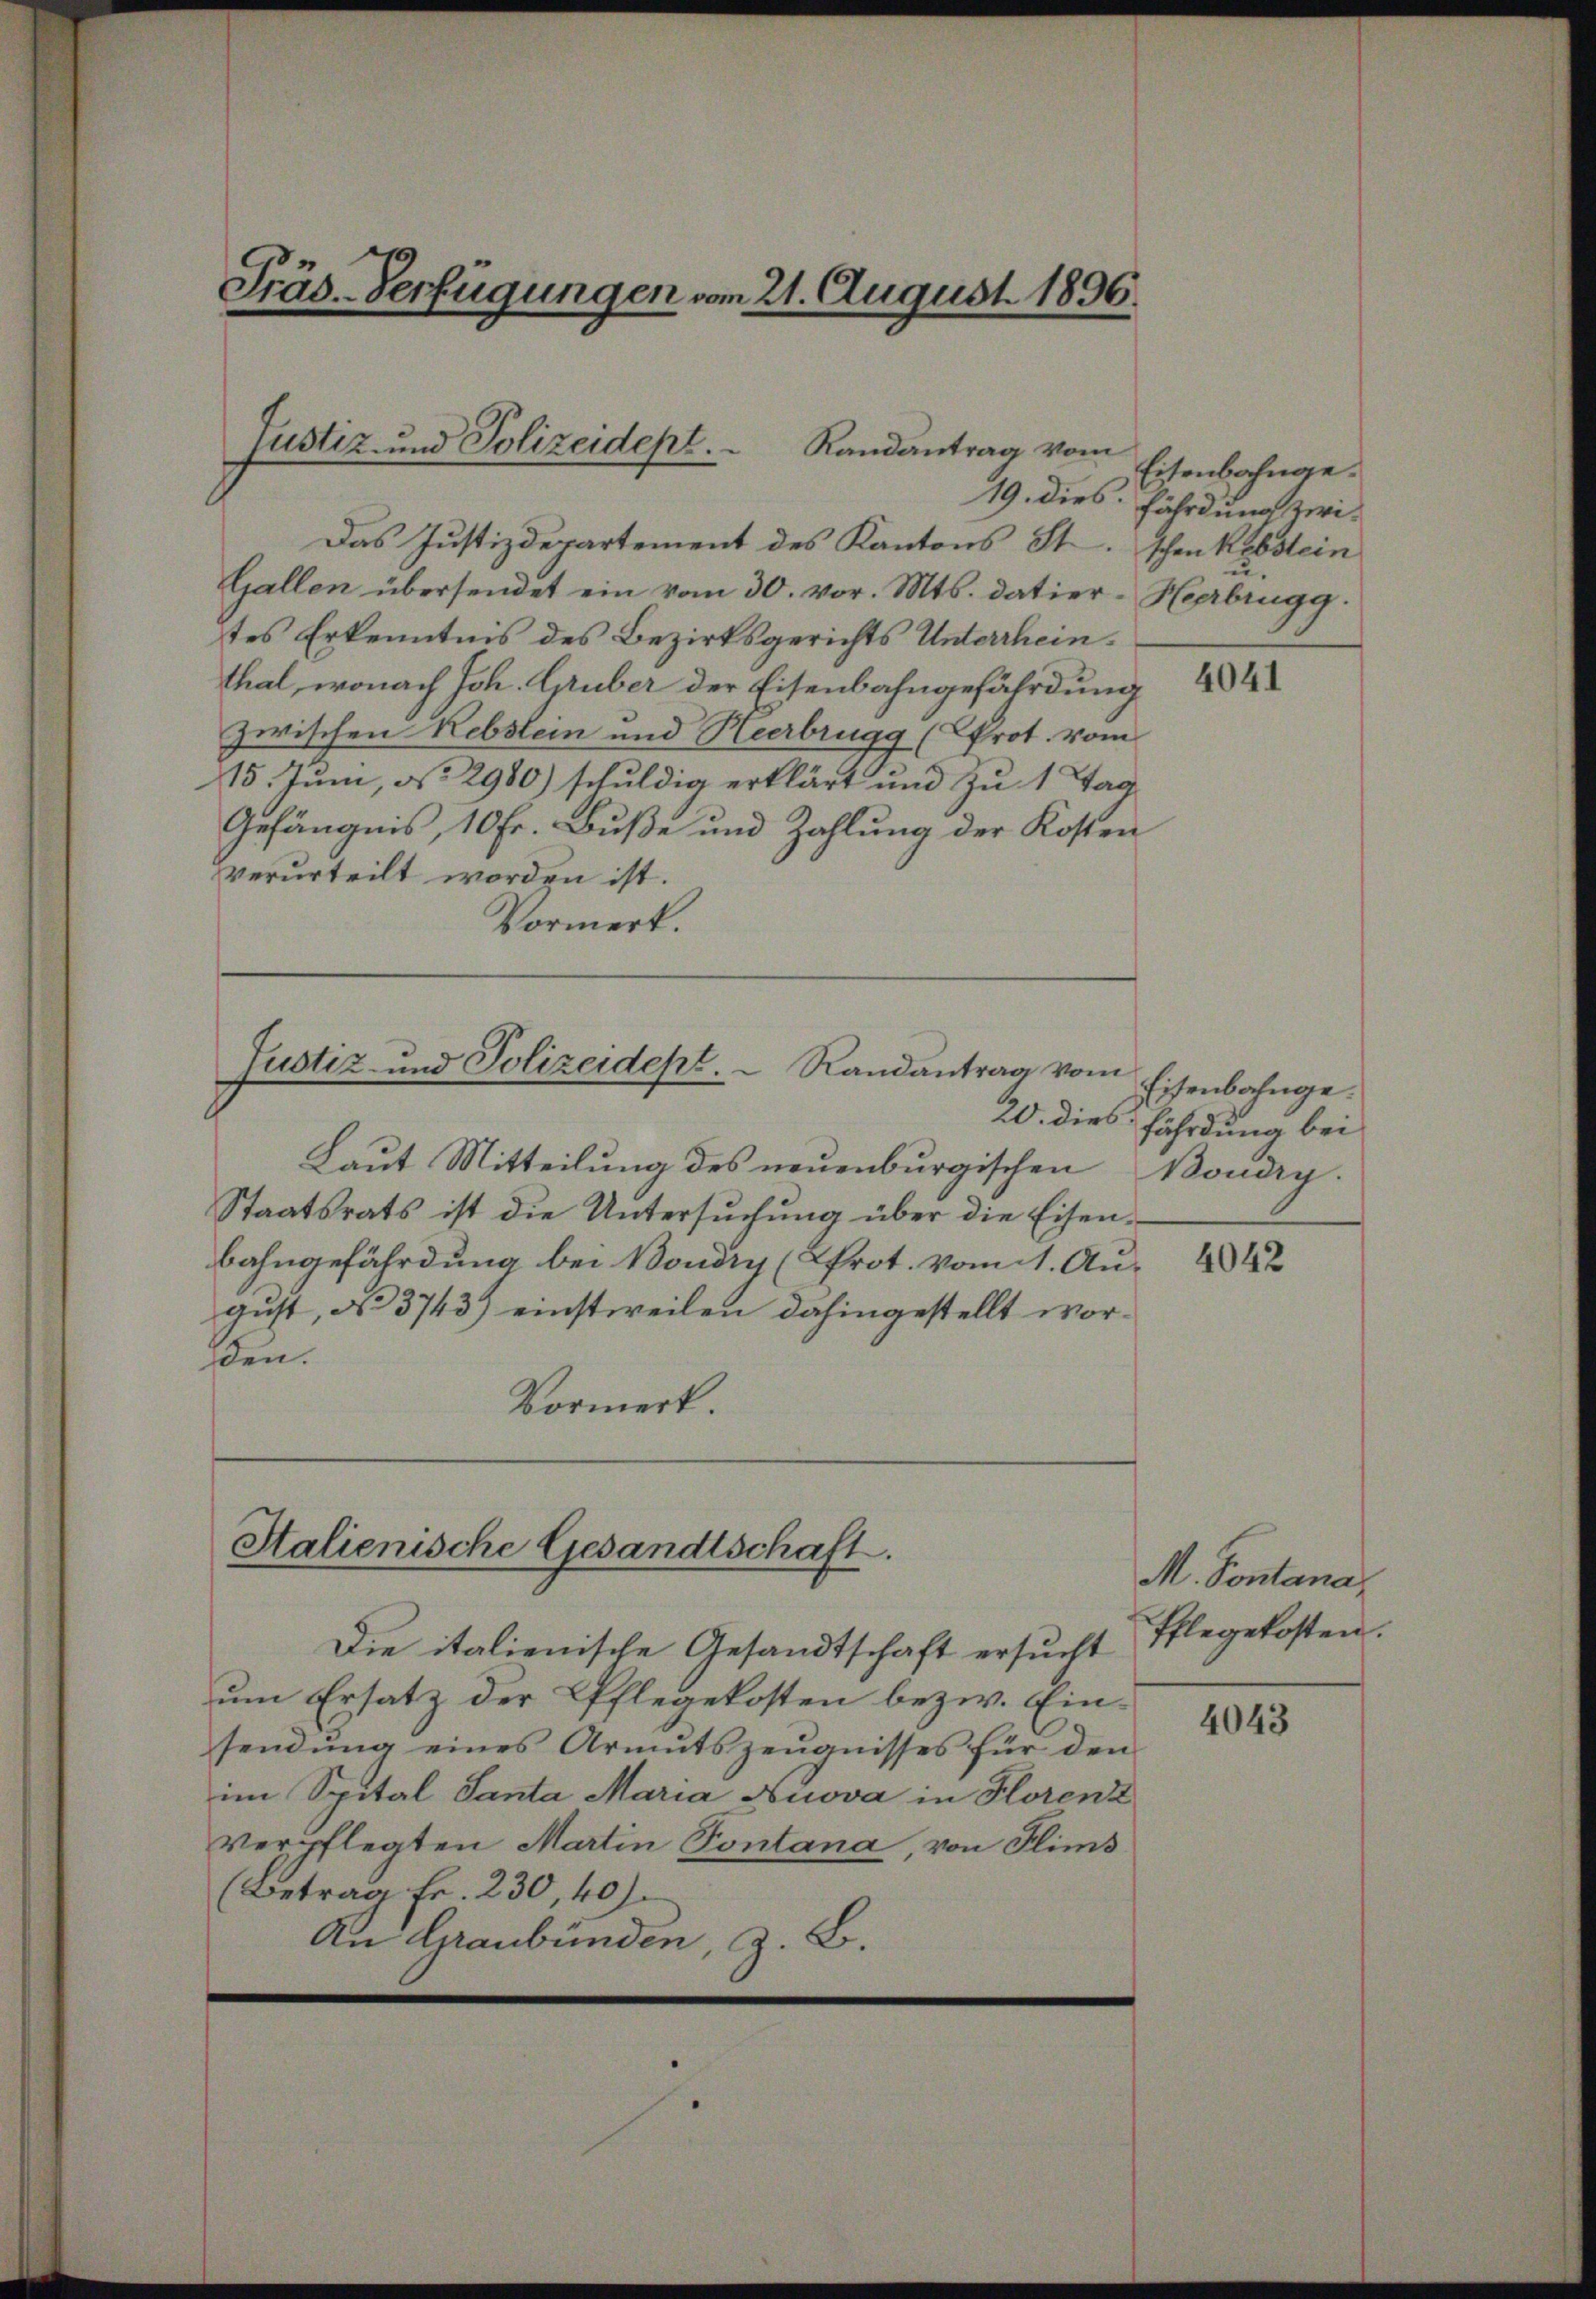
Das Justizdepartement des Kantons St. Schen Rebstein
Gallen übersendet ein vom 30. vor. Mts. datier-Heerbrugg.
tes Erkenntnis des Bezirksgerichts Unterrhein.
thal, wonach Joh. Gruber der Eisenbahngefährdung
zwischen Rebstein und Heerbrugg (Prot. vom
15. Juni, No 2980) schuldig erklärt und zu 1 Tag
Gefängnis, 10 Fr. Buße und Zahlung der Kosten
verurteilt worden ist.
Vormerk.

Präs. Verfügungen vom 21. August 1896.

Justiz- und Polizeidept.
Randantrag vom

Justiz und Polizeidest.
Randantrag vom

Laŭt Mitteilŭng des neuenburgischen Boudry-
Staatsrats ist die Untersuchung über die Eisenbahngefährdung bei Boudry (Prot. vom 1. August, No 3743) einstweilen dahingestellt worden.
Vormerk

Htalienische Gesandtschaft.

Die italienische Gesandtschaft ersucht
um Ersatz der Pflegekosten bezw. Einsendung eines Armutszeugnisses für den
im Spital Santa Maria Auova in Horenz
Verpflegten Martin Fontana, von Flims
(Betrag Fr. 230, 40).
An Graubünden, z. B.

Eisenbahnge¬
19. dies fährdung zwi¬

4041

Eisenbahnge¬
20. dies fährdung bei

4042

M. Sontana
Pflegekosten.

4043